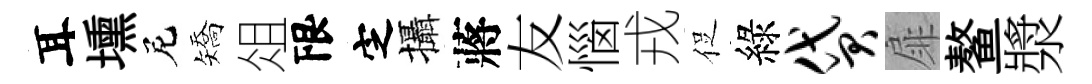
耳壎尼矯俎限㝎攝蔣友惱戎促綠贷扉鳌漿